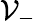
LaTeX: \mathcal{V}_{-}